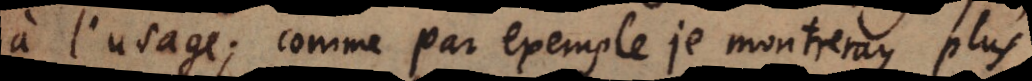
à l’usage; comme par exemple je montreray plus